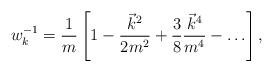
LaTeX: \begin{align*}w_k^{-1}= \frac 1m\left[ 1-\frac{\vec k^2}{2m^2}+\frac 38\frac{\vec k^4}{m^4}-\ldots \right] , \end{align*}